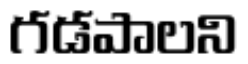
గడపాలని